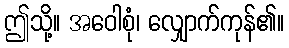
ဤသို့။ အဝေါစုံ၊ လျှောက်ကုန်၏။